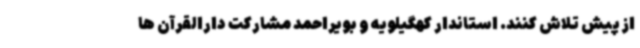
از پیش تلاش کنند. استاندار کهگیلویه و بویراحمد مشارکت دارالقرآن ها